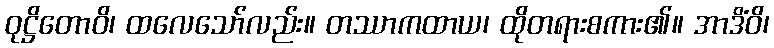
ဝုဋ္ဌိတောဝိ၊ ထလေသော်လည်း။ တဿာကထာယ၊ ထိုတရားစကား၏။ အာဒိံဝိ၊